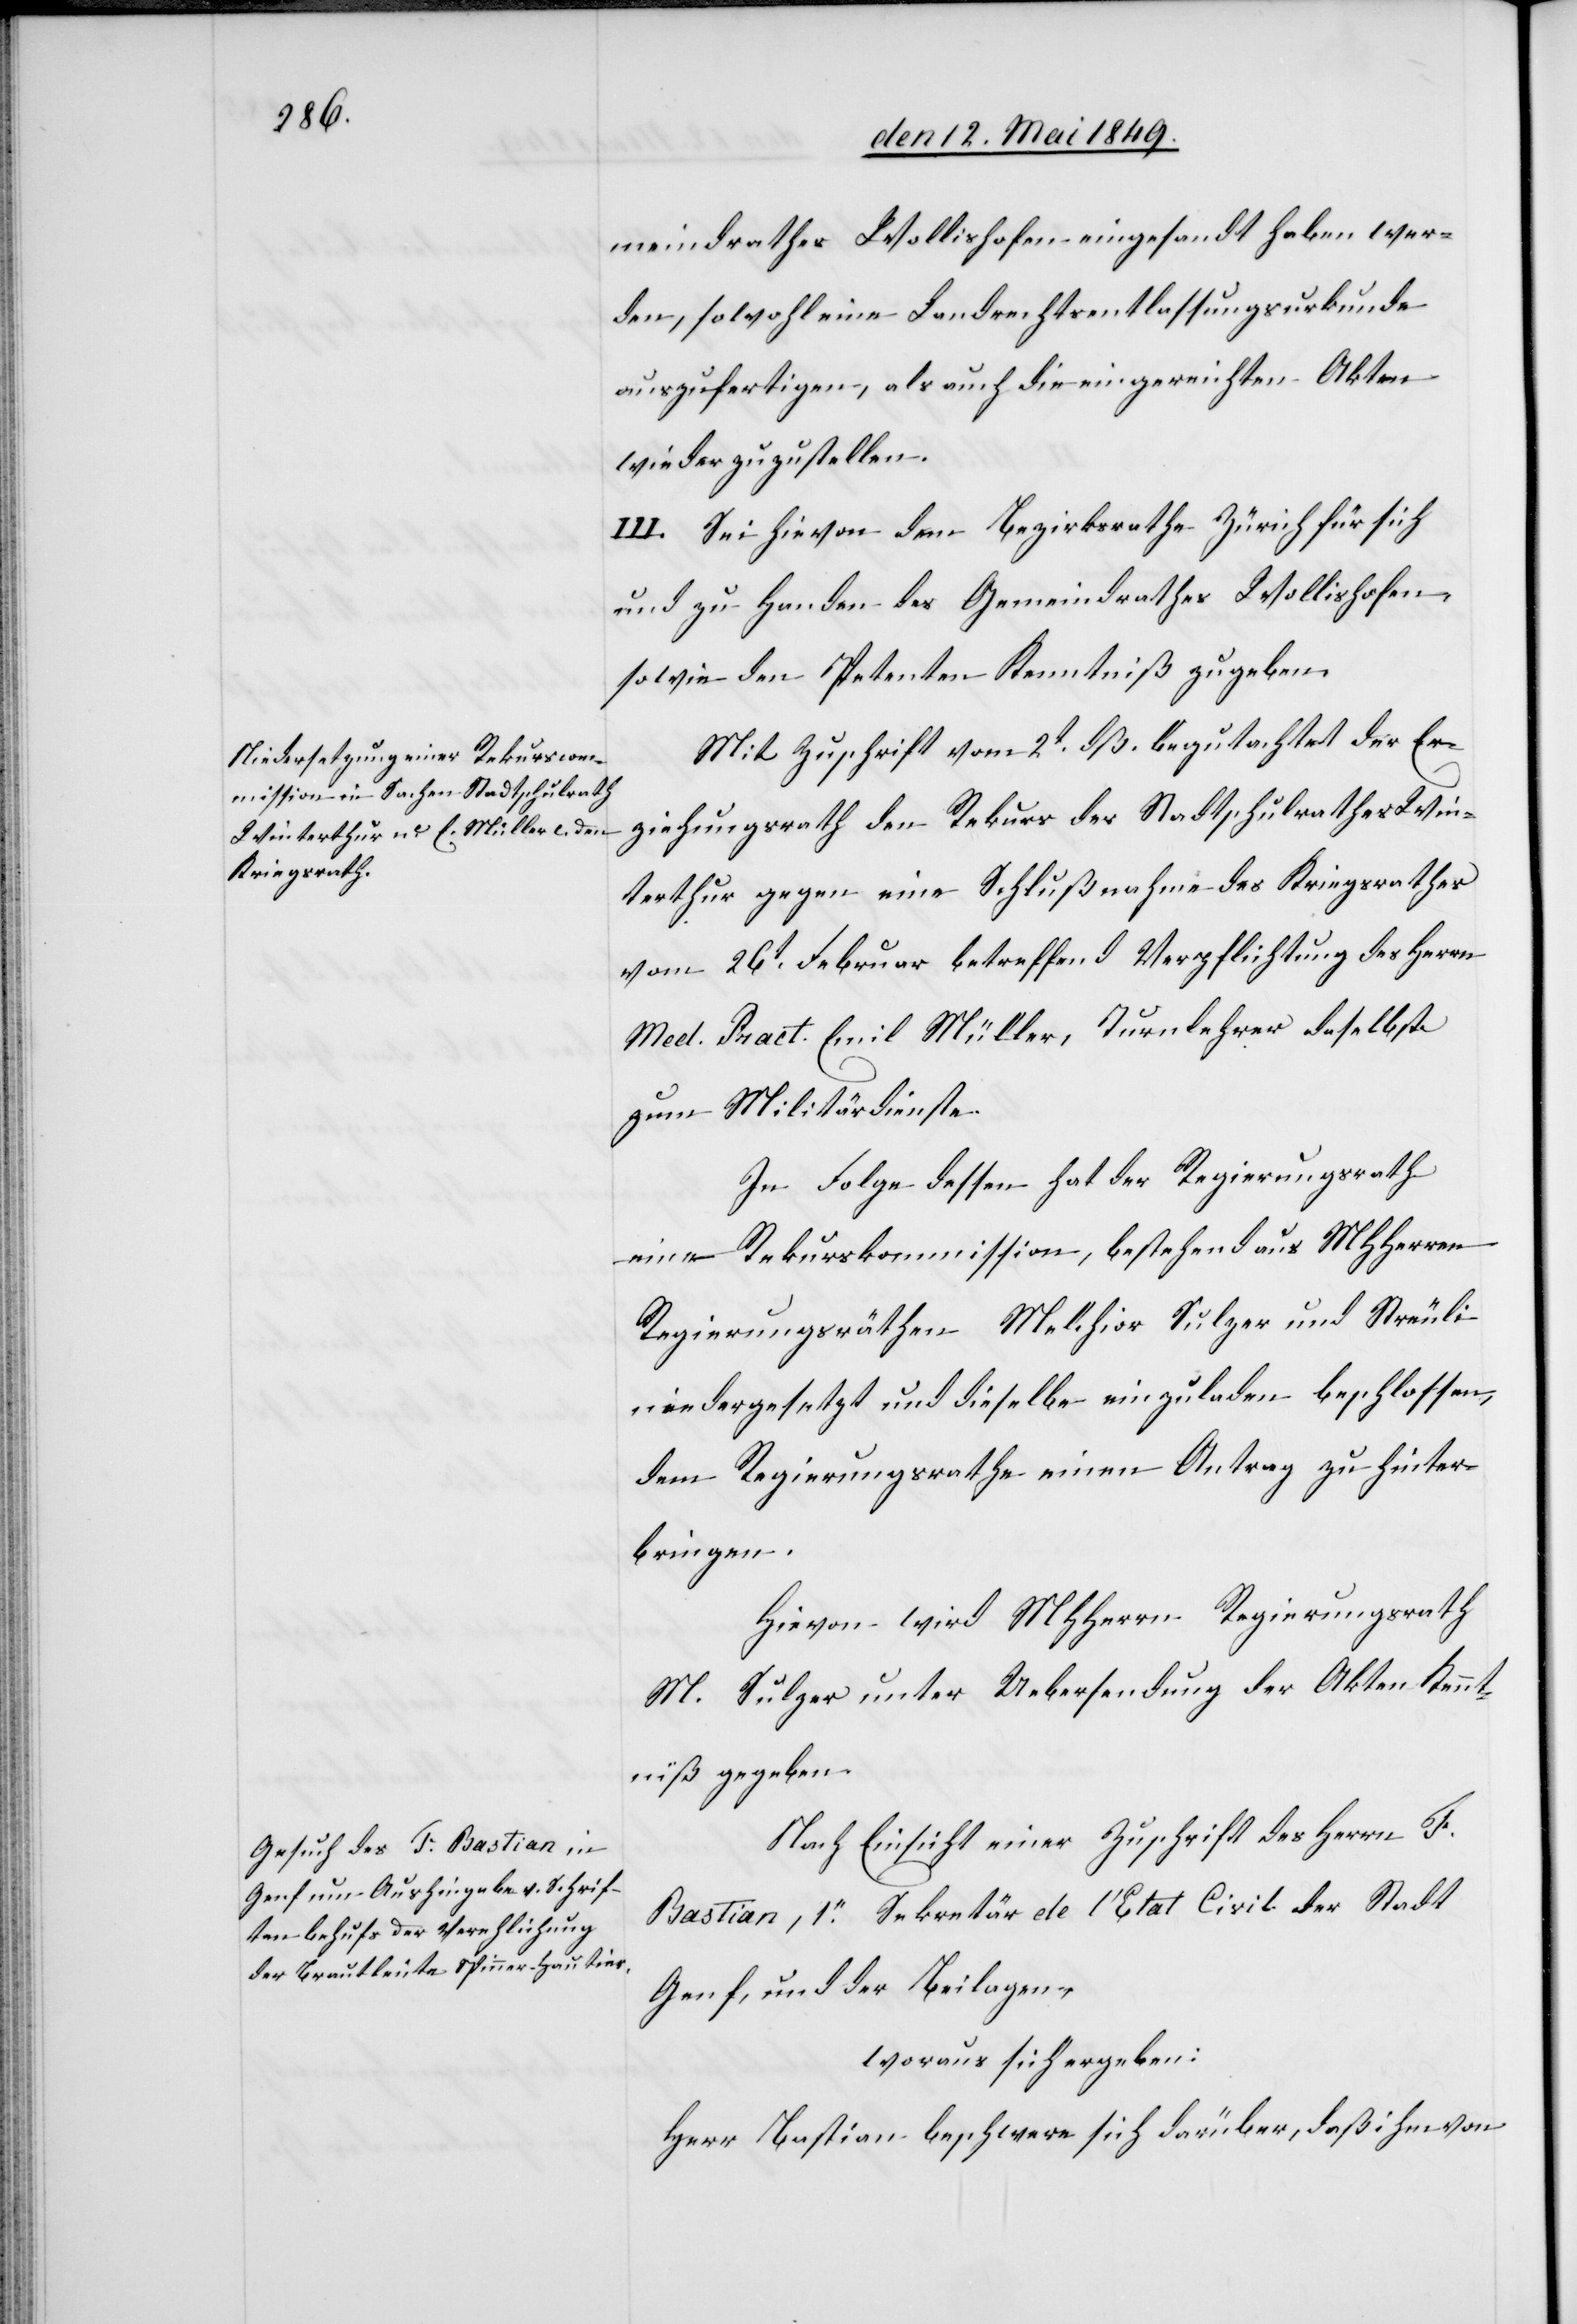
meindrathes Wollishofen eingesandt haben wer¬
den, sowohl eine Landrechtsentlassungsurkunde
auszufertigen, als auch die eingereichten Akten
wiederzuzustellen.
III. Sei hievon dem Bezirksrathe Zürich für sich
und zu Handen des Gemeindrathes Wollishofen
sowie den Petenten Kenntniß zu geben.
Mit Zuschrift vom 2t dß. begutachtet der Er¬
ziehungsrath den Rekurs des Stadtschulrathes Win¬
terthur gegen eine Schlußnahme des Kriegsrathes
vom 26t Februar betreffend Verpflichtung des Herrn
Med. Pract. Emil Müller, Turnlehrer daselbst
zum Militärdienste.
In Folge dessen hat der Regierungsrath
eine Rekurskommission, bestehend aus MHHerrn
Regierungsräthen Melchior Sulzer und Streuli
niedergesetzt und dieselbe einzuladen beschlossen,
dem Regierungsrathe einen Antrag zu hinter¬
bringen.
Hievon wird MHHerrn Regierungsrath
M. Sulzer unter Uebersendung der Akten Kennt¬
niß gegeben.
Nach Einsicht einer Zuschrift des Herrn T.
Bastian, 1r Sekretär de l’Etat Civil der Stadt
Genf, und der Beilagen,
woraus sich ergeben:
Herr Bastian beschwere sich darüber, daß ihm von